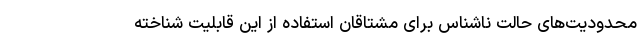
محدودیت‌‌های حالت ناشناس برای مشتاقان استفاده از این قابلیت شناخته